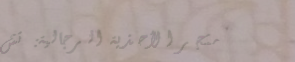
متجر الأحذية الرجالية: تش